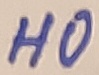
Text: HO